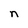
Character: n